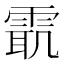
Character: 𱁜